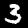
Label: 3